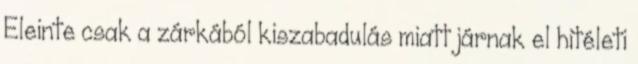
Eleinte csak a zárkából kiszabadulás miatt járnak el hitéleti